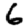
Digit: 6